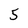
Character: 5